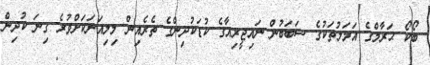
ބޯކޯ ޙަރާމްގެ އަމަލުތަކުގެ ސަބަބުން ނައިޖީރިއާގެ ކުޑަކުދިންގެ ތެރެއިން މިލިއަނަކަށްވުރެ ގިނަ ކުދިން